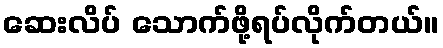
ဆေးလိပ် သောက်ဖို့ရပ်လိုက်တယ်။